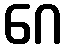
ဂေ